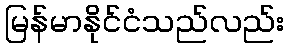
မြန်မာနိုင်ငံသည်လည်း